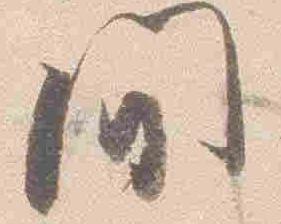
間